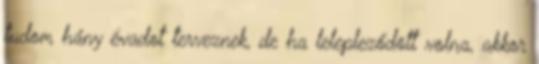
tudom hány évadot terveznek, de ha lelepleződött volna, akkor